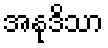
အနုဒိသာ